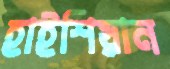
হাইশিয়ান